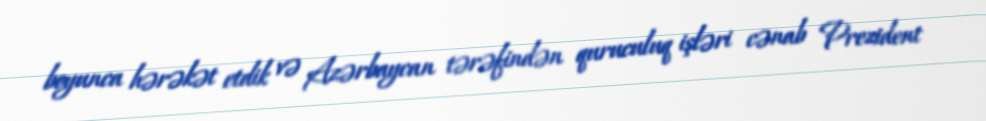
boyunca hərəkət etdik və Azərbaycan tərəfindən quruculuq işləri cənab Prezident